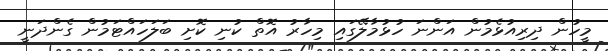
މީހުން ދިރިއުޅެމުން އަންނަ ހުޅުމާލޭގައި މިހާރު އޮތް ކުނި ކޮށި ބަލަހައްޓަމުން ގެންދަނީ